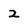
Character: 2